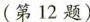
(第12题)